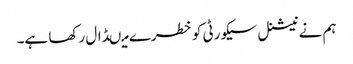
ہم نے نیشنل سیکورٹی کو خطرے میںڈال رکھا ہے۔